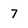
Character: 7